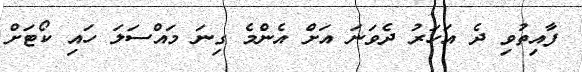
ފާއިތުވި ދެ އަހަރު ދެވަނަ އަށް އެންމެ ގިނަ މައްސަލަ ހައި ކޯޓަށް